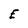
Character: E